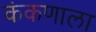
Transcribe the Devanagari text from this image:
कंकणाला